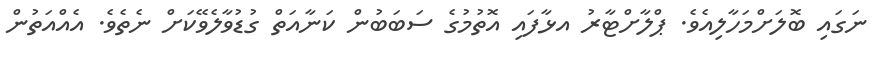
ނަގައި ބޮލަށްމަހާލިއެވެ. ޕްލާށްޓާރު އޅާފައި އޮތުމުގެ ސަބަބުން ކަނާއަތް ގުޑުވާލެވޭކަށް ނެތެވެ. އެއްއަތުން